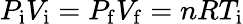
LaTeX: P_{\mathrm{i}}V_{\mathrm{i}}=P_{\mathrm{f}}V_{\mathrm{f}}=nRT_{\mathrm{i}}